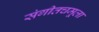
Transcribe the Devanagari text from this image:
संगीतचमूला